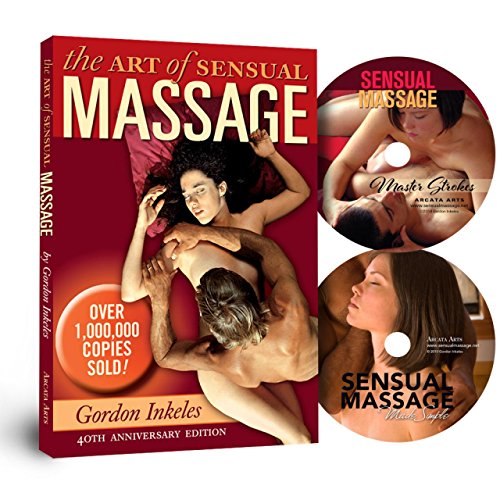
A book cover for The Art of Sensual Massage: 40th Anniversary Edition Book and 2 DVD Set; Gordon Inkeles; Health, Fitness & Dieting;